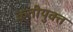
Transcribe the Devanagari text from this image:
कृतीयुक्त